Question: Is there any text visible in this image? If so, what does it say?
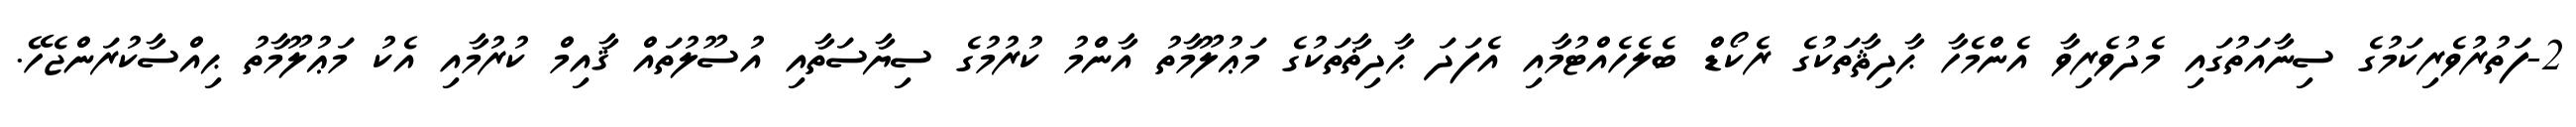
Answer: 2-ފަތުރުވެރިކަމުގެ ސިނާއަތުގައި މެދުވެރިވާ އެންމެހާ ޙާދިޘާތަކުގެ ރެކޯޑް ބެލެހެއްޓުމާއި އެފަދަ ޙާދިޡާތަކުގެ މަޢުލޫމާތު އާންމު ކުރުމުގެ ސިޔާސަތާއި އުސޫލުތައް ޤާއިމް ކުރުމާއި އެކު މަޢުލޫމާތު ޙިއްސާކުރަންޖެހޭ.